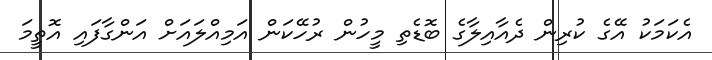
އެކަމަކު އޭގެ ކުރިން ދެއާއިލާގެ ބޮޑެތި މީހުން ރުހޭކަން އަމިއްލައަށް އަންގާފައި އޮތީމަ